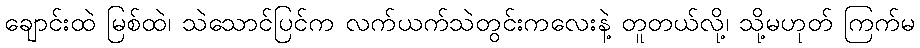
ချောင်းထဲ မြစ်ထဲ၊ သဲသောင်ပြင်က လက်ယက်သဲတွင်းကလေးနဲ့ တူတယ်လို့၊ သို့မဟုတ် ကြက်မ